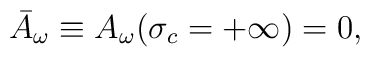
\bar{A}_\omega\equiv A_{\omega}(\sigma_c=+\infty)=0,